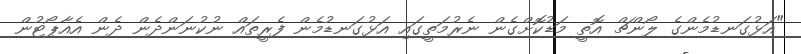
"އަޅުގަނޑުމެންގެ ލޯންޗް އޮތީ މަޑުކޮށްގެން ނެރުމަތީގައި އަޅުގަނޑުމެން ފެރީތައް ނުކުނަންދެން ދެން އެއާޕޯޓުން